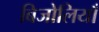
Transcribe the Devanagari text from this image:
बिजोलियाँ